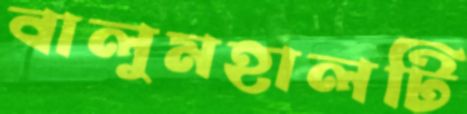
বালুমহালটি